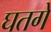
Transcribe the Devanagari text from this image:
घतगे